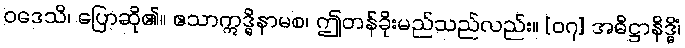
ဝဒေသိ၊ ပြောဆို၏။ ဧသာဣဒ္ဓိနာမစ၊ ဤတန်ခိုးမည်သည်လည်း။ [၀၇] အဓိဋ္ဌာနိဒ္ဓိံ၊